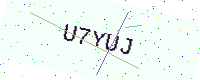
Text: U7YUJ